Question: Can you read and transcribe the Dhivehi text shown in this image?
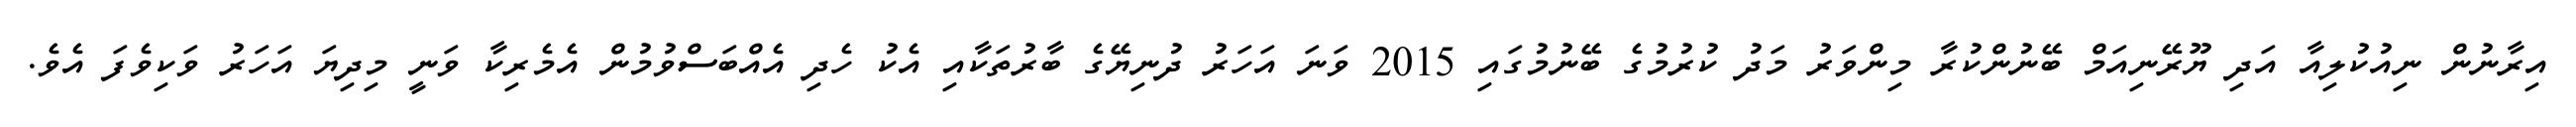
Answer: އިރާނުން ނިއުކުލިއާ އަދި ޔޫރޭނިއަމް ބޭނުންކުރާ މިންވަރު މަދު ކުރުމުގެ ބޭނުމުގައި 2015 ވަނަ އަހަރު ދުނިޔޭގެ ބާރުތަކާއި އެކު ހެދި އެއްބަސްވުމުން އެމެރިކާ ވަނީ މިދިޔަ އަހަރު ވަކިވެފަ އެވެ.